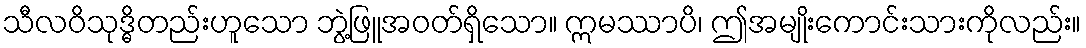
သီလဝိသုဒ္ဓိတည်းဟူသော ဘွဲ့ဖြူအဝတ်ရှိသော။ ဣမဿာပိ၊ ဤအမျိုးကောင်းသားကိုလည်း။